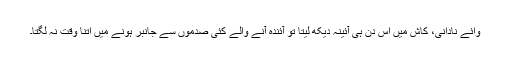
وائے نادانی، کاش میں اس دن ہی آئینہ دیکھ لیتا تو آئندہ آنے والے کئی صدموں سے جانبر ہونے میں اتنا وقت نہ لگتا۔